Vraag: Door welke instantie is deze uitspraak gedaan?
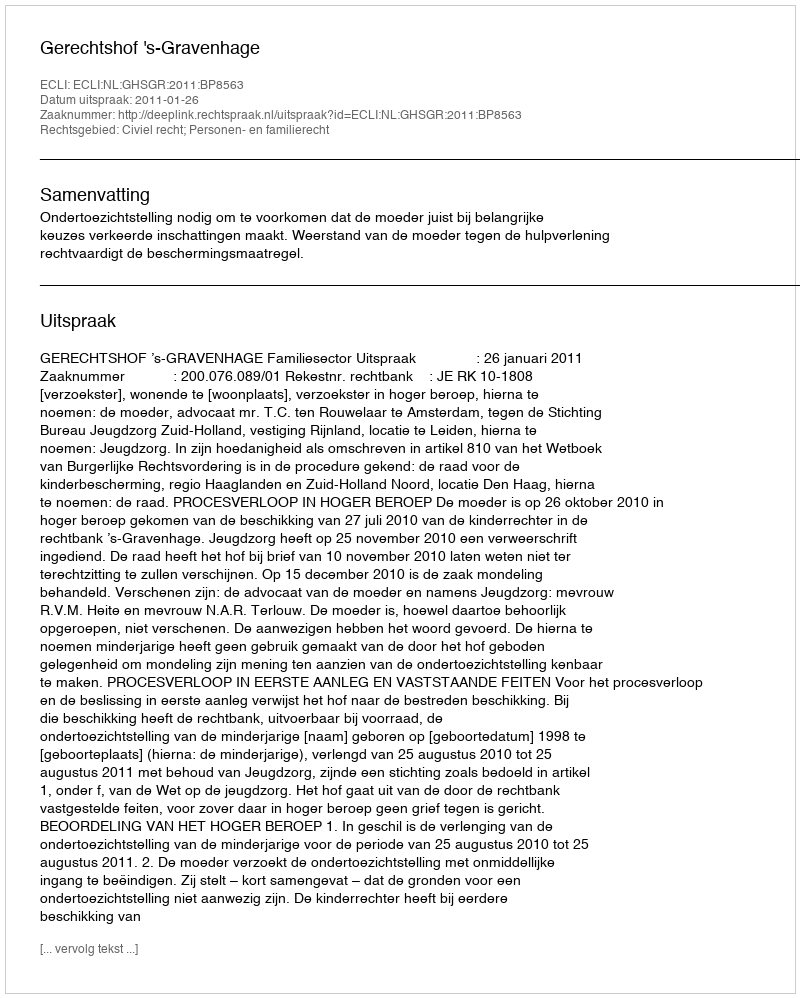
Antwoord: Gerechtshof 's-Gravenhage